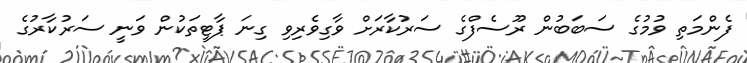
ފެންމަތި ވުމުގެ ސަބަބުން ރޫސެފްގެ ސަރުކާރަށް ވާގިވެރިވި ގިނަ ޕާޓީތަކުން ވަނީ ސަރުކާރުގެ